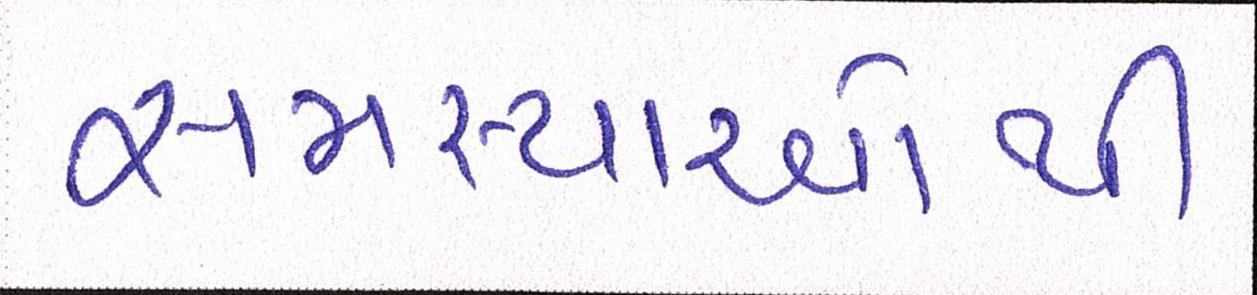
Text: સમસ્યાઓથી